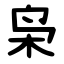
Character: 枭